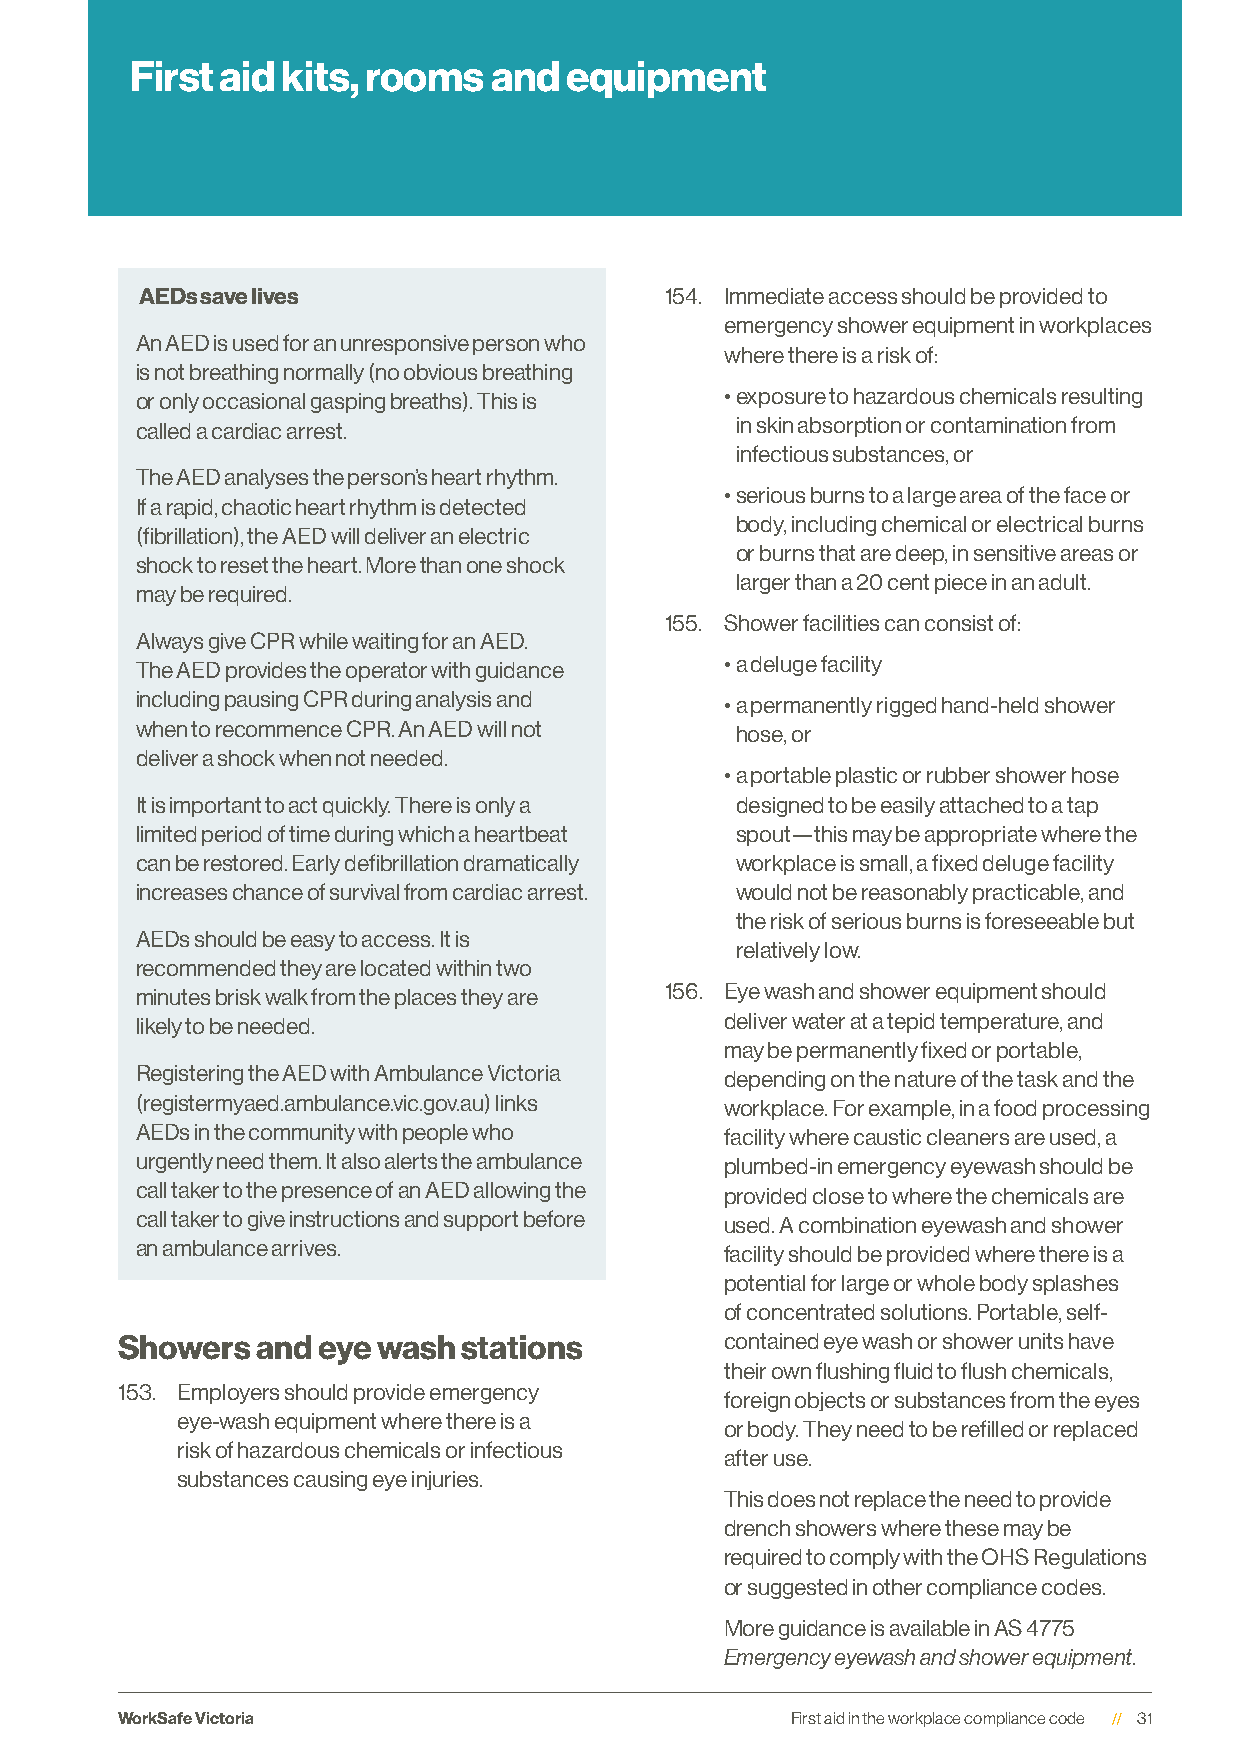
First aid kits, rooms  and  equipment
 AEDs save lives                    154. Immediate access should be provided to
 emergency shower equipment in workplaces
 An AED is used for an unresponsive person who
 where there is a risk of:
 is not breathing normally (no obvious breathing
 or only occasional gasping breaths). This is • exposure to hazardous chemicals resulting
 called a cardiac arrest.                in skin absorption or contamination from
 infectious substances, or
 The AED analyses the person’s heart rhythm.
 • serious burns to a large area of the face or
 If a rapid, chaotic heart rhythm is detected
 body, including chemical or electrical burns
 (fibrillation), the AED will deliver an electric
 or burns that are deep, in sensitive areas or
 shock to reset the heart. More than one shock
 larger than a 20 cent piece in an adult.
 may be required.
 155. Shower facilities can consist of:
 Always give CPR while waiting for an AED.
 The AED provides the operator with guidance • a deluge facility
 including pausing CPR during analysis and • a permanently rigged hand-held shower
 when to recommence CPR. An AED will not hose, or
 deliver a shock when not needed.
 • a portable plastic or rubber shower hose
 It is important to act quickly. There is only a designed to be easily attached to a tap
 limited period of time during which a heartbeat spout—this may be appropriate where the
 can be restored. Early defibrillation dramatically workplace is small, a fixed deluge facility
 increases chance of survival from cardiac arrest. would not be reasonably practicable, and
 the risk of serious burns is foreseeable but
 AEDs should be easy to access. It is
 relatively low.
 recommended they are located within two
 minutes brisk walk from the places they are 156. Eye wash and shower equipment should
 likely to be needed.                   deliver water at a tepid temperature, and
 may be permanently fixed or portable,
 Registering the AED with Ambulance Victoria depending on the nature of the task and the
 (registermyaed.ambulance.vic.gov.au) links workplace. For example, in a food processing
 AEDs in the community with people who  facility where caustic cleaners are used, a
 urgently need them. It also alerts the ambulance plumbed-in emergency eyewash should be
 call taker to the presence of an AED allowing the provided close to where the chemicals are
 call taker to give instructions and support before used. A combination eyewash and shower
 an ambulance arrives.                  facility should be provided where there is a
 potential for large or whole body splashes
 of concentrated solutions. Portable, self-
 Showers  and eye wash  stations         contained eye wash or shower units have
 their own flushing fluid to flush chemicals,
 153. Employers should provide emergency
 foreign objects or substances from the eyes
 eye-wash equipment where there is a
 or body. They need to be refilled or replaced
 risk of hazardous chemicals or infectious
 after use.
 substances causing eye injuries.
 This does not replace the need to provide
 drench showers where these may be
 required to comply with the OHS Regulations
 or suggested in other compliance codes.
 More guidance is available in AS 4775
 Emergency eyewash and shower equipment.
 WorkSafe Victoria                           First aid in the workplace compliance code 31